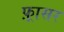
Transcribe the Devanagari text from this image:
फ़्रासर